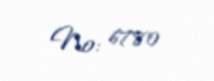
№: 6780